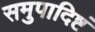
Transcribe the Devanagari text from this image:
समुपादिष्टं